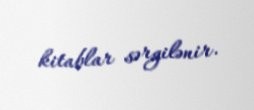
kitablar sərgilənir.